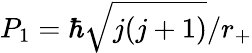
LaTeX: P_{1}=\hbar\sqrt{j(j+1)}/r_{+}